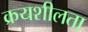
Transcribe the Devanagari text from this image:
क्रयशीलता